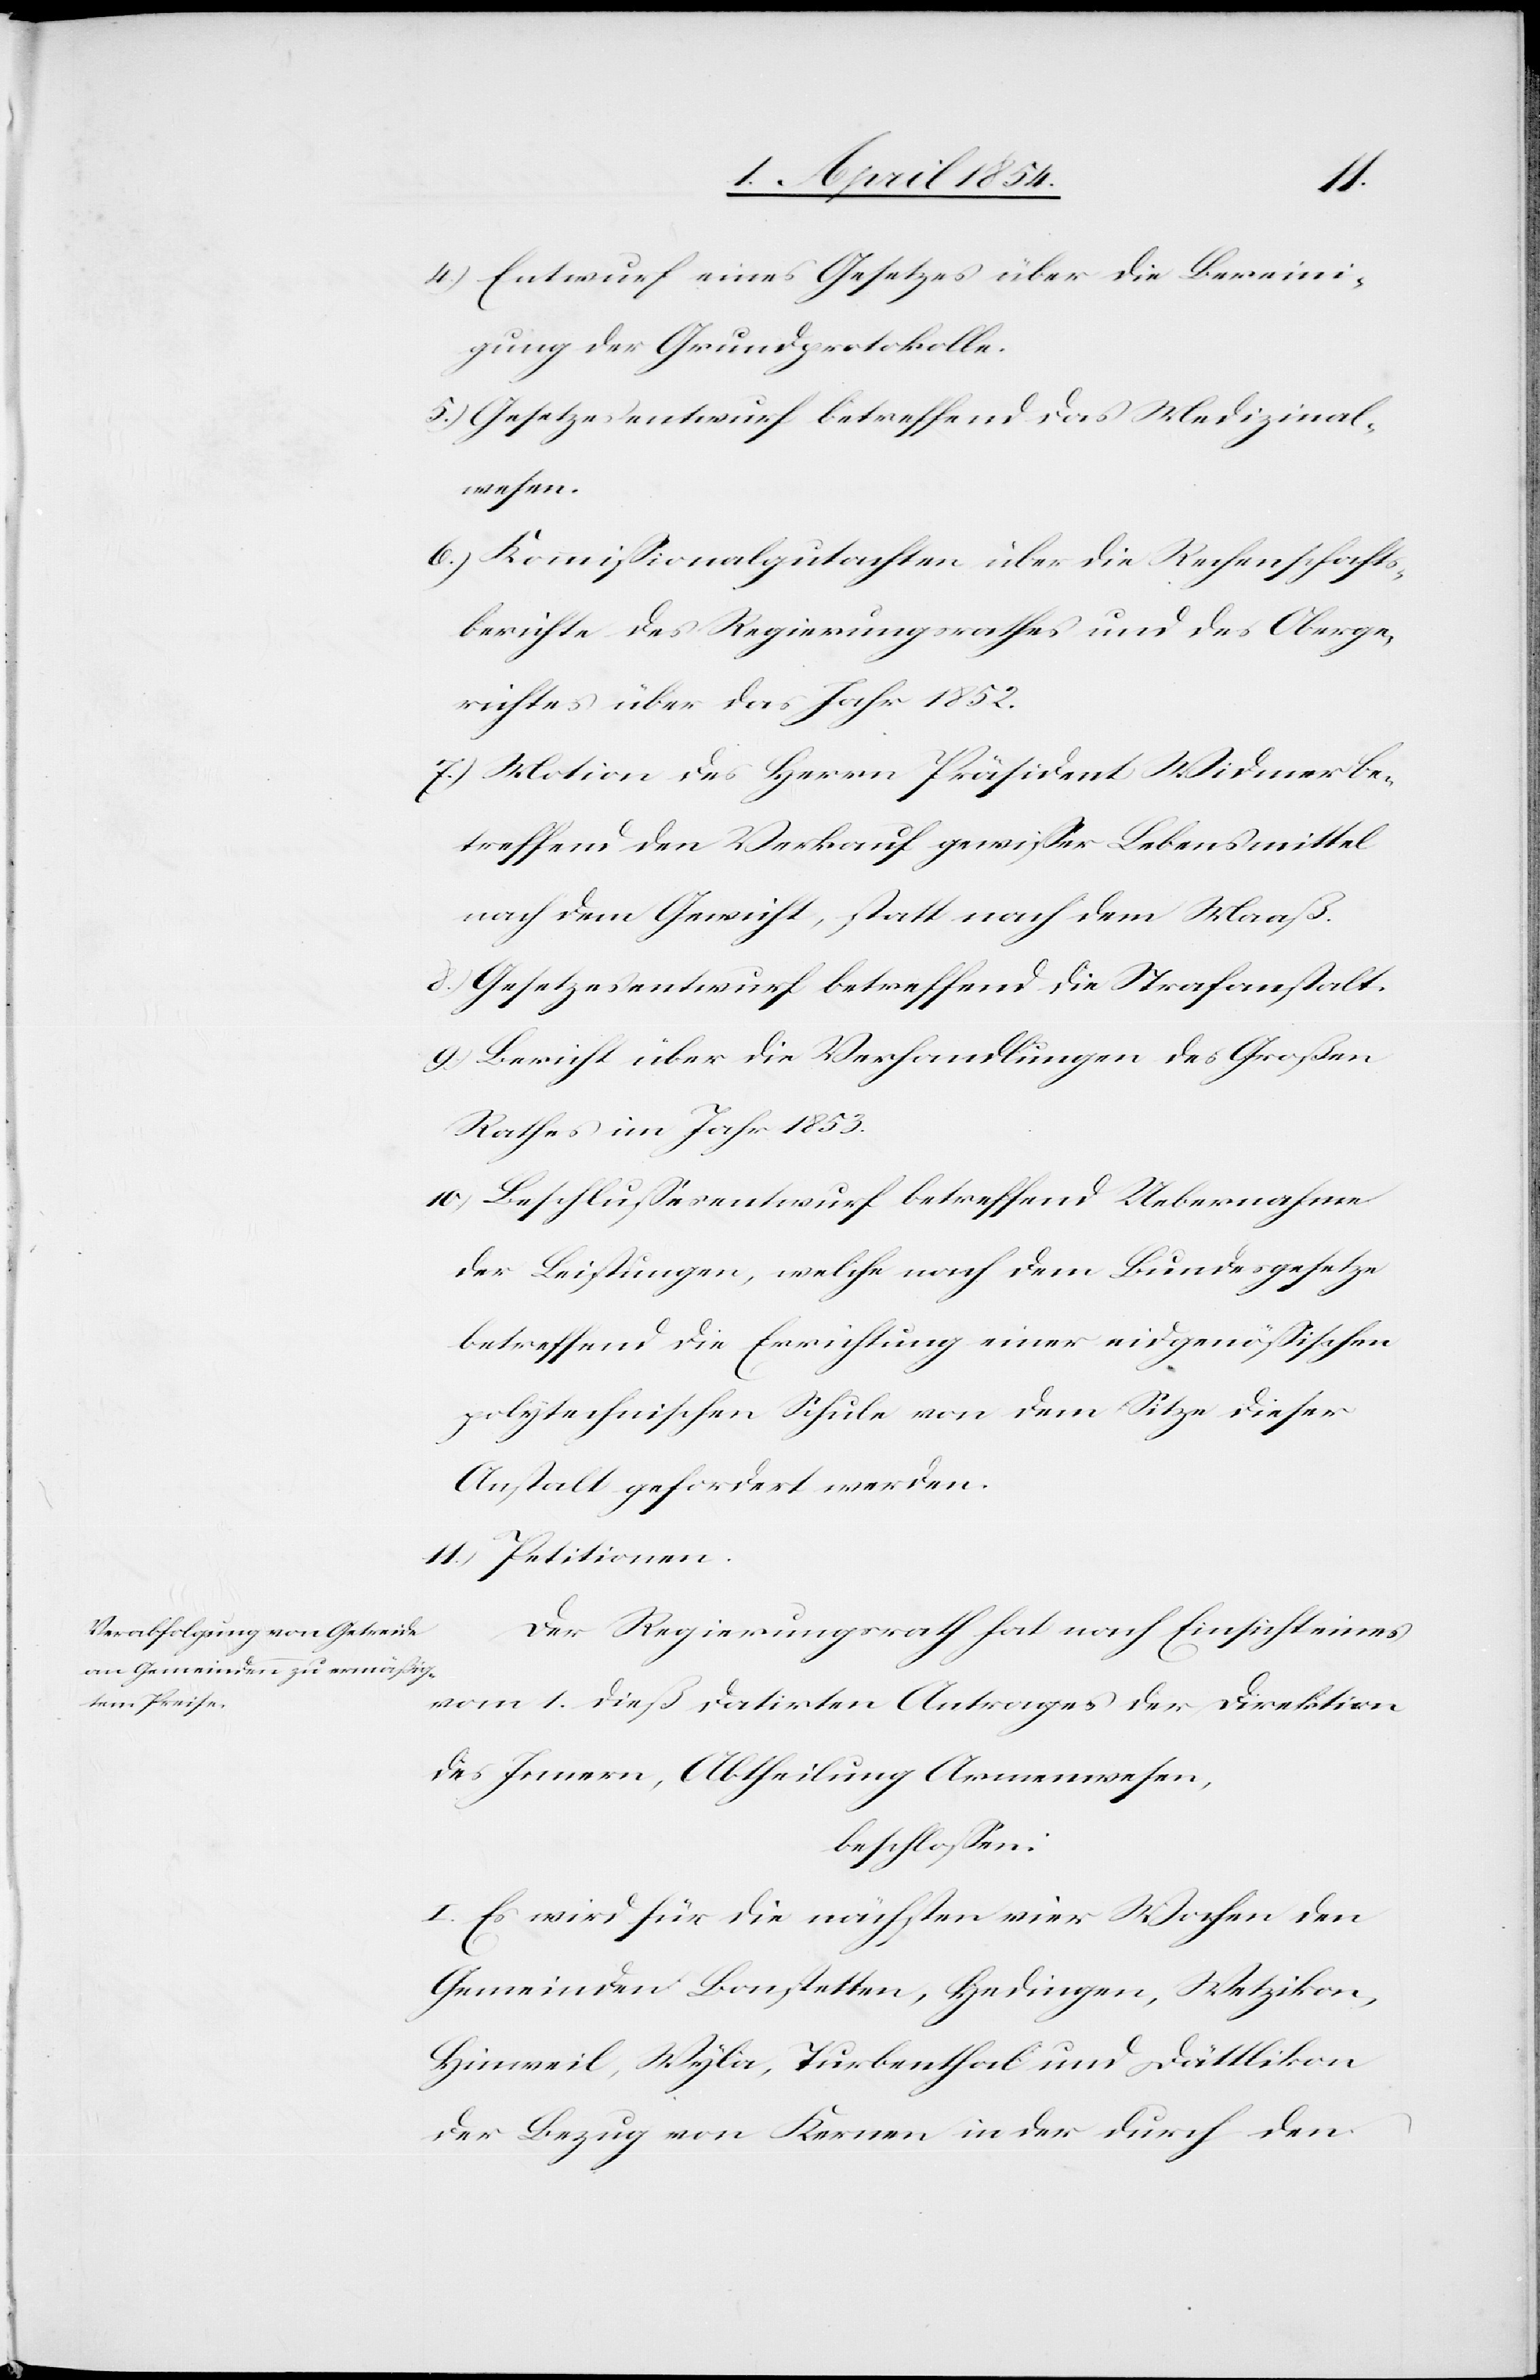
4.) Entwurf eines Gesetzes über die Bereini¬
gung der Grundprotokolle.
5.) Gesetzesentwurf betreffend das Medizinal¬
wesen.
6.) Kommißionalgutachten über die Rechenschafts¬
berichte des Regierungsrathes und des Oberge¬
richtes über das Jahr 1852.
7.) Motion des Herrn Präsident Widmer be¬
treffend den Verkauf gewißer Lebensmittel
nach dem Gewicht, statt nach dem Maaß.
8.) Gesetzesentwurf betreffend die Strafanstalt.
9.) Bericht über die Verhandlungen des Großen
Rathes im Jahr 1853.
10.) Beschlußesentwurf betreffend Uebernahme
der Leistungen, welche nach dem Bundesgesetze
betreffend die Errichtung einer eidgenößischen
polytechnischen Schule von dem Sitze dieser
Anstalt gefordert werden.
11.) Petitionen.
Der Regierungsrath hat nach Einsicht eines
vom 1. dieß datirten Antrages der Direktion
des Innern, Abtheilung Armenwesen,
beschloßen:
I. Es wird für die nächsten vier Wochen den
Gemeinden Bonstetten, Hedingen, Wetzikon,
Hinweil, Wyla, Turbenthal und Dättlikon
der Bezug von Kernen in der durch den